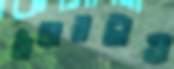
ভাঁড়ারটাও